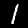
Digit: 1